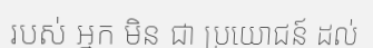
របស់ អ្នក មិន ជា ប្រយោជន៍ ដល់